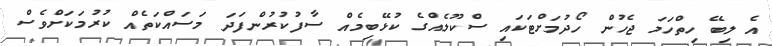
އެ ލިބޭ ހިތްހަމަ ޖެހުން ހޯދުމަށްޓަކައި ސްކޫލެއްގެ ކުޅޭބިމެއް ސާފުކުރުންފަދަ މަސައްކަތެއް ކުރުމަކަށްވެސް